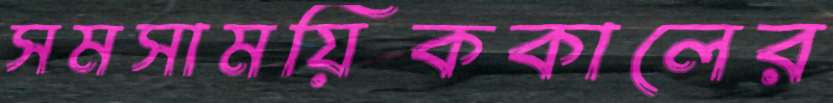
সমসাময়িককালের